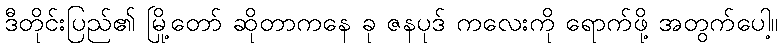
ဒီတိုင်းပြည်၏ မြို့တော် ဆိုတာကနေ ခု ဇနပုဒ် ကလေးကို ရောက်ဖို့ အတွက်ပေါ့။